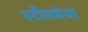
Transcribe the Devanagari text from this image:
स्टीलवेयर